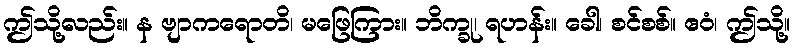
ဤသို့လည်း။ န ဗျာကရောတိ၊ မဖြေကြား။ ဘိက္ခု၊ ရဟန်း။ ခေါ၊ စင်စစ်။ ဧဝံ၊ ဤသို့။